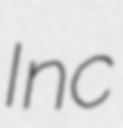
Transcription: Inc